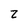
Character: Z